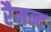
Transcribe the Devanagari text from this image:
रैमन्द